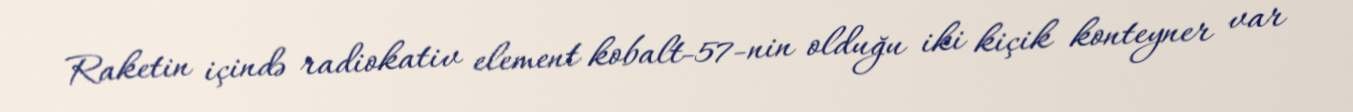
Raketin içində radiokativ element kobalt-57-nin olduğu iki kiçik konteyner var